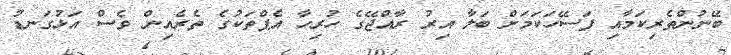
ބޭނުންތެރިކަމާއި ފަސޭހަކަމަށް ބަލާ އިރު ރާއްޖޭގެ ހުރިހާ އެޕްތަކުގެ ތެރެއިން ވެސް އަޅުގަނޑު